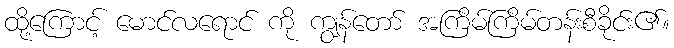
ထို့ကြောင့် မောင်လရောင် ကို ကျွန်တော် အကြိမ်ကြိမ်တန်းစီခိုင်း၏။